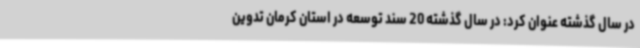
در سال گذشته عنوان کرد: در سال گذشته 20 سند توسعه در استان کرمان تدوین